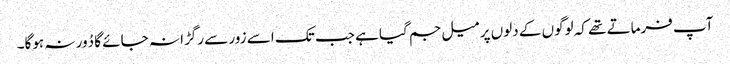
آپ فرماتے تھے کہ لوگوں کے دلوں پر میل جم گیا ہے جب تک اسے زور سے رگڑا نہ جائے گا دُور نہ ہوگا۔